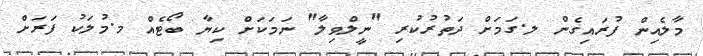
މާލެއިން ފުރައިގެން ލ.ގަމަށް ދަތުރުކުރި "ނީލްވިލާ" ނަމަކަށް ކިޔާ ބޯޓެއް މ.މުލަކު ފަރަށް